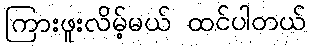
ကြားဖူးလိမ့်မယ် ထင်ပါတယ်